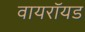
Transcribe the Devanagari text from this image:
वायरॉयड